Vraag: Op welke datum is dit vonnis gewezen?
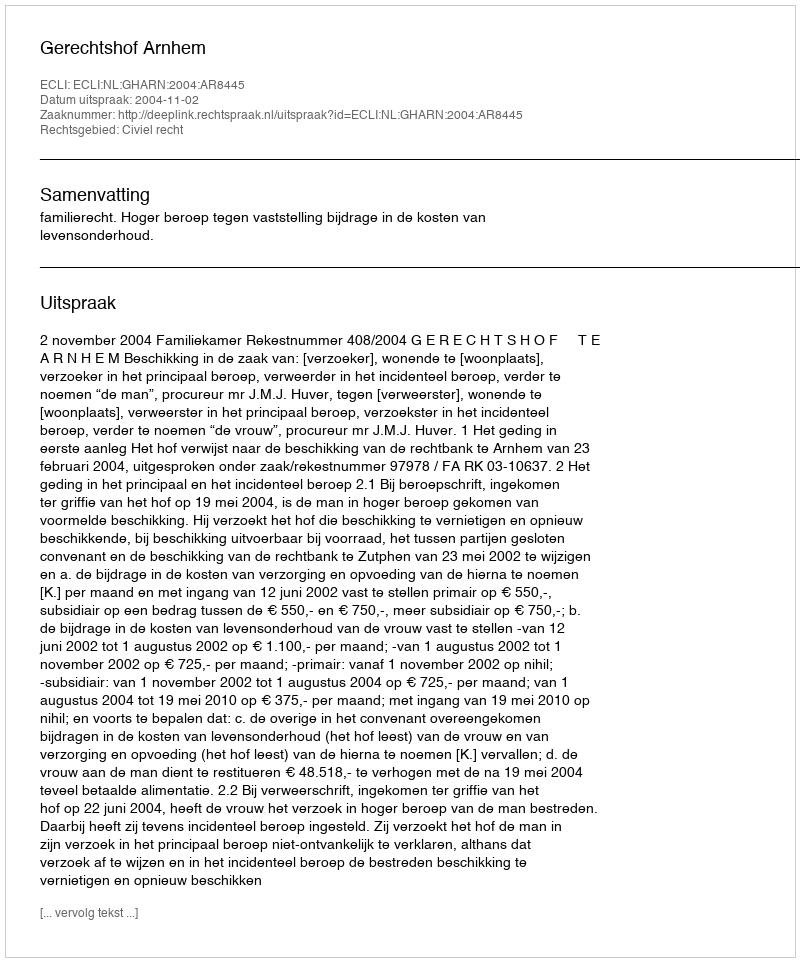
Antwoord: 2004-11-02